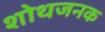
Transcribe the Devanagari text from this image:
शोथजनक